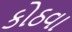
કોઠવા